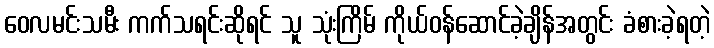
ဝေလမင်းသမီး ကက်သရင်းဆိုရင် သူ သုံးကြိမ် ကိုယ်ဝန်ဆောင်ခဲ့ချိန်အတွင်း ခံစားခဲ့ရတဲ့